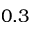
0 . 3